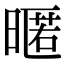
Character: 暱